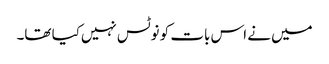
میں نے اس بات کو نوٹس نہیں‌کیا تھا۔